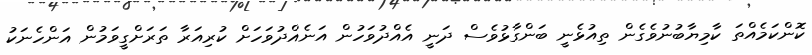
ކޮންކަމެއްތަ ކާމިޔާބުނުވެގެން ތިއުޅެނީ ބަންގާޅުވެސް ދަނީ އެއްދުވަހުން އަނެއްދުވަހަށް ކުރިއަރާ ތަރަށްގީވަމުން އަންހެނަކު